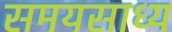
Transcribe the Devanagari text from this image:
समयसाध्य